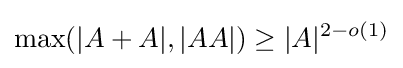
\max(|A+A|,|AA|)\geq |A|^{2-o(1)}